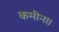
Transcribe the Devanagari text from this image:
कमीना।